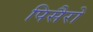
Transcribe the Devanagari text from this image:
पिसैरो